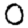
Digit: 0